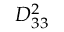
D _ { 3 3 } ^ { 2 }